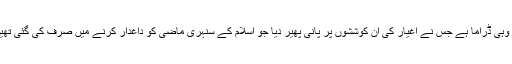
یہ وہی ڈراما ہے جس نے اغیار کی ان کوششوں پر پانی پھیر دیا جو اسلام کے سنہری ماضی کو داغدار کرنے میں صرف کی گئی تھیں۔